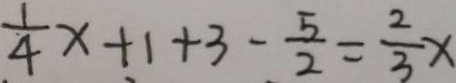
\frac { 1 } { 4 } x + 1 + 3 - \frac { 5 } { 2 } = \frac { 2 } { 3 } x